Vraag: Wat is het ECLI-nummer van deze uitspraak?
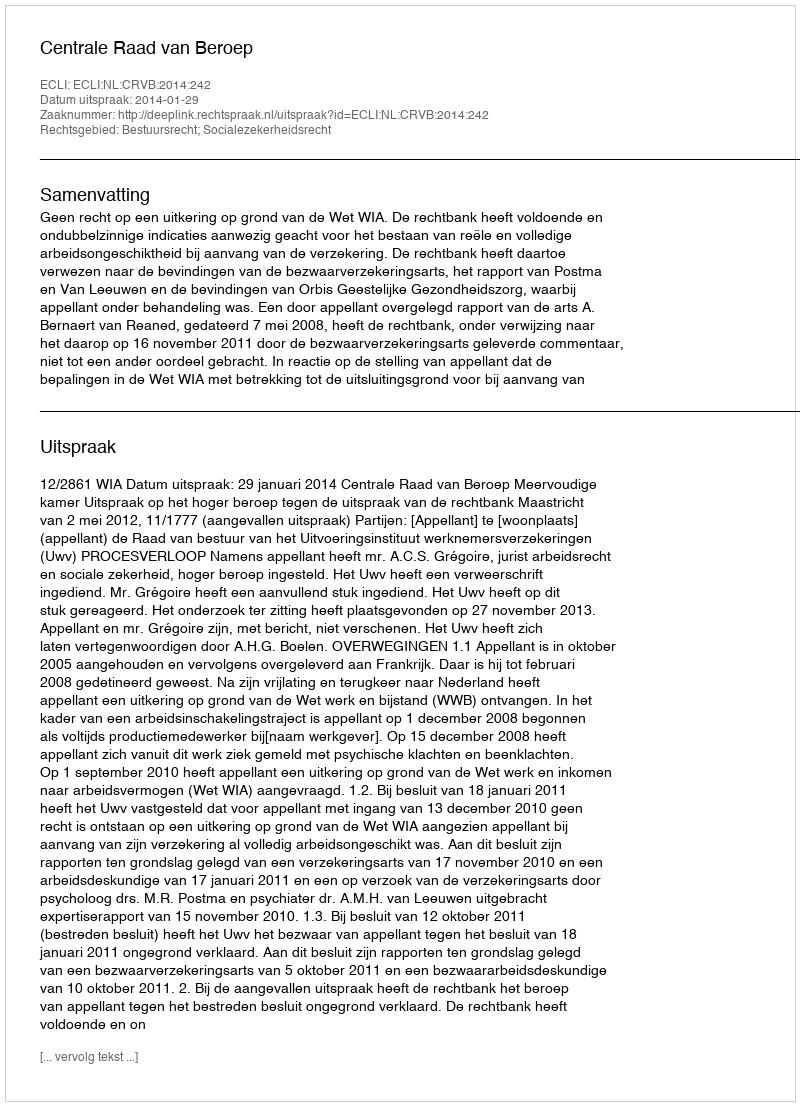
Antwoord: ECLI:NL:CRVB:2014:242